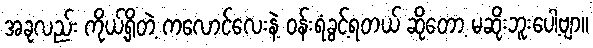
အခုလည်း ကိုယ့်ရှိတဲ့ ကလောင်လေးနဲ့ ဝန်းရံခွင့်ရတယ် ဆိုတော့ မဆိုးဘူးပေါ့ဗျာ။